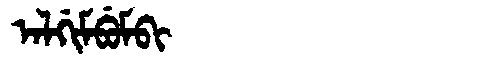
Manchu: ᠠᠯᡤᡳᠮᠪᡠᠮᠪᡳ
Romanization: ALGIMBUMBI